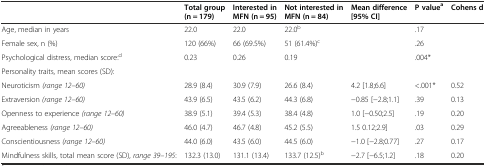
|  | Total group (n = 179) | Interested in MFN (n = 95) | Not interested in MFN (n = 84) | Mean difference [95% CI] | P valuea | Cohens d |
 | --- | --- | --- | --- | --- | --- | --- |
 | Age, median in years | 22.0 | 22.0 | 22.0b |  | .17 |  |
 | Female sex, n (%) | 120 (66%) | 66 (69.5%) | 51 (61.4%)c |  | .26 |  |
 | Psychological distress, median score:d | 0.23 | 0.26 | 0.19 |  | .004* |  |
 | Personality traits, mean scores (SD): |  |  |  |  |  |  |
 | Neuroticism (range 12–60) | 28.9 (8.4) | 30.9 (7.9) | 26.6 (8.4) | 4.2 [1.8;6.6] | <.001* | 0.52 |
 | Extraversion (range 12–60) | 43.9 (6.5) | 43.5 (6.2) | 44.3 (6.8) | −0.85 [−2.8;1.1] | .39 | 0.13 |
 | Openness to experience (range 12–60) | 38.9 (5.1) | 39.4 (5.3) | 38.4 (4.8) | 1.0 [−0.50;2.5] | .19 | 0.20 |
 | Agreeableness (range 12–60) | 46.0 (4.7) | 46.7 (4.8) | 45.2 (5.5) | 1.5 0.12;2.9] | .03 | 0.29 |
 | Conscientiousness (range 12–60) | 44.0 (6.0) | 43.5 (6.0) | 44.5 (6.0) | −1.0 [−2.8;0.77] | .27 | 0.17 |
 | Mindfulness skills, total mean score (SD), range 39–195: | 132.3 (13.0) | 131.1 (13.4) | 133.7 (12.5)b | −2.7 [−6.5;1.2] | .18 | 0.20 |